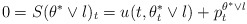
\begin{align*}0=S(\theta^*\vee l)_t = u(t,\theta^*_t\vee l) + p_t^{\theta^*\vee l} \end{align*}